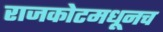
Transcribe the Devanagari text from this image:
राजकोटमधूनच